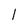
Character: 1